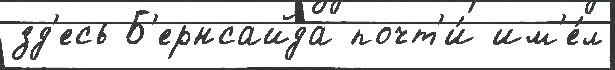
зд'есь Б'ернсайда почт'и́ им'е́л